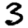
Digit: 3